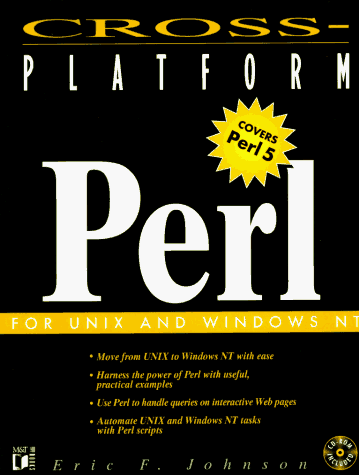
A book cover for Cross-Platform Perl; Eric F. Johnson; Computers & Technology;